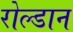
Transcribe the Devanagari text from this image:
रोल्डान